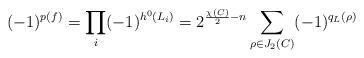
LaTeX: \begin{align*}(-1)^{p(f)} = \prod_i (-1)^{h^0(L_i)} = 2^{\frac{\chi(C)}{2}-n} \sum_{\rho\in J_2(C)} (-1)^{q_L(\rho)}\end{align*}